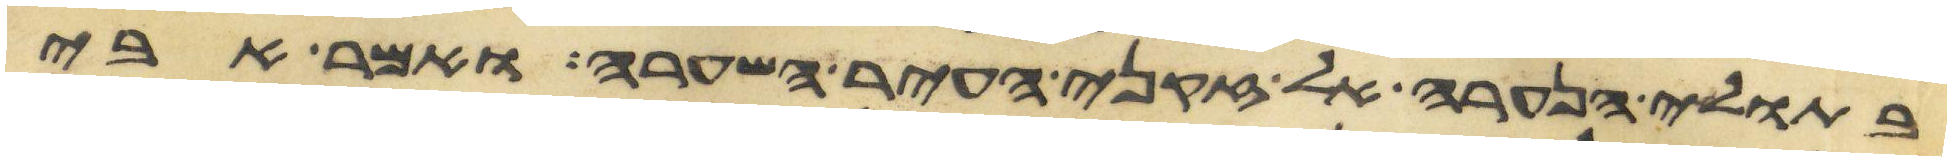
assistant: בתולי הנערה אל זקני העיר השערה ואמר אבי